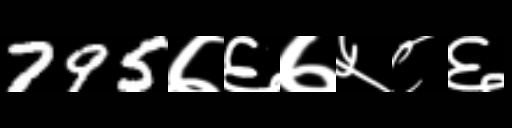
Text: 795७६७५८६